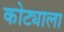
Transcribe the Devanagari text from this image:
कोट्याला